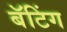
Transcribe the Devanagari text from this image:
बॅटिंग